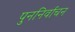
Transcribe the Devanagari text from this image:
पुननिर्वाचन